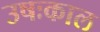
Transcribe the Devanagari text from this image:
उषःकाल